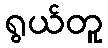
ရွယ်တူ